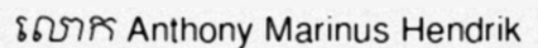
លោក Anthony Marinus Hendrik